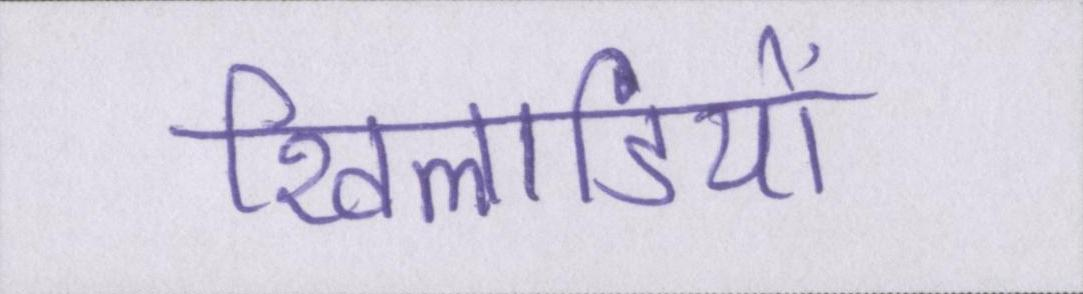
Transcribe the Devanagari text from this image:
खिलाडियों